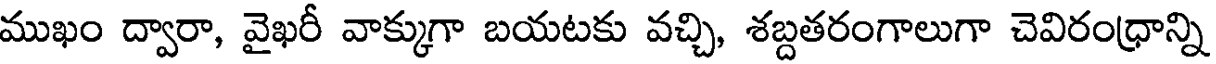
ముఖం ద్వారా, వైఖరీ వాక్కుగా బయటకు వచ్చి, శబ్దతరంగాలుగా చెవిరంధ్రాన్ని